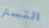
التستر